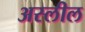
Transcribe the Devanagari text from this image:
अस्लील